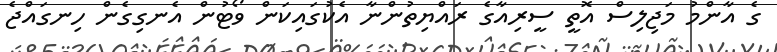
ގެ އާންމު މަޖިލިސް އޮތީ ސީރިއާގެ ރައްޔިތުންނާ އެކުގައިކަން ވޯޓުން އެނގިގެން ހިނގައްޖެ